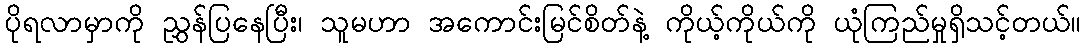
ပိုရလာမှာကို ညွှန်ပြနေပြီး၊ သူမဟာ အကောင်းမြင်စိတ်နဲ့ ကိုယ့်ကိုယ်ကို ယုံကြည်မှုရှိသင့်တယ်။